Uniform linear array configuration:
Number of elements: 24
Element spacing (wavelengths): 0.25
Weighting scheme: uniform
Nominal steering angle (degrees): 60
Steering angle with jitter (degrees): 59.189
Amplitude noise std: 0.05
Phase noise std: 0.05

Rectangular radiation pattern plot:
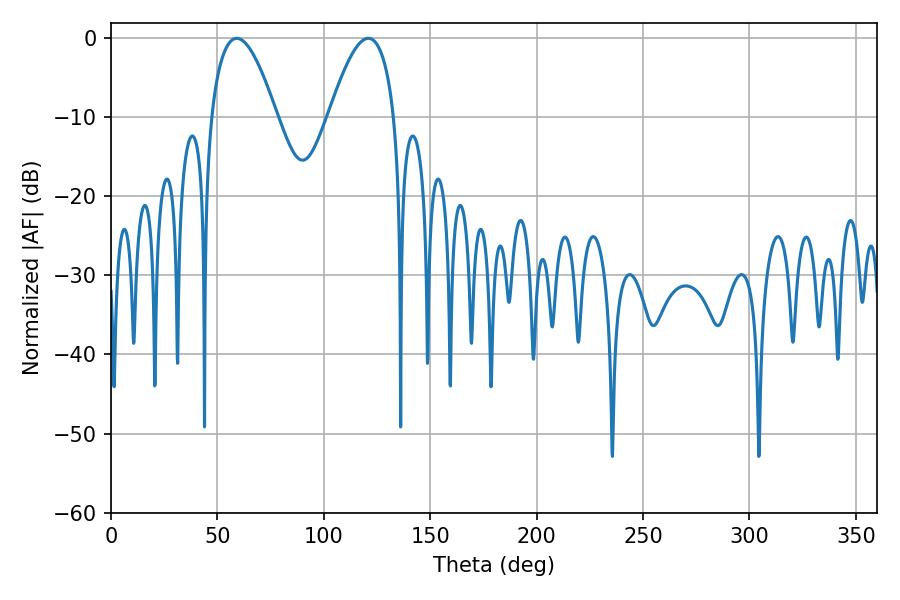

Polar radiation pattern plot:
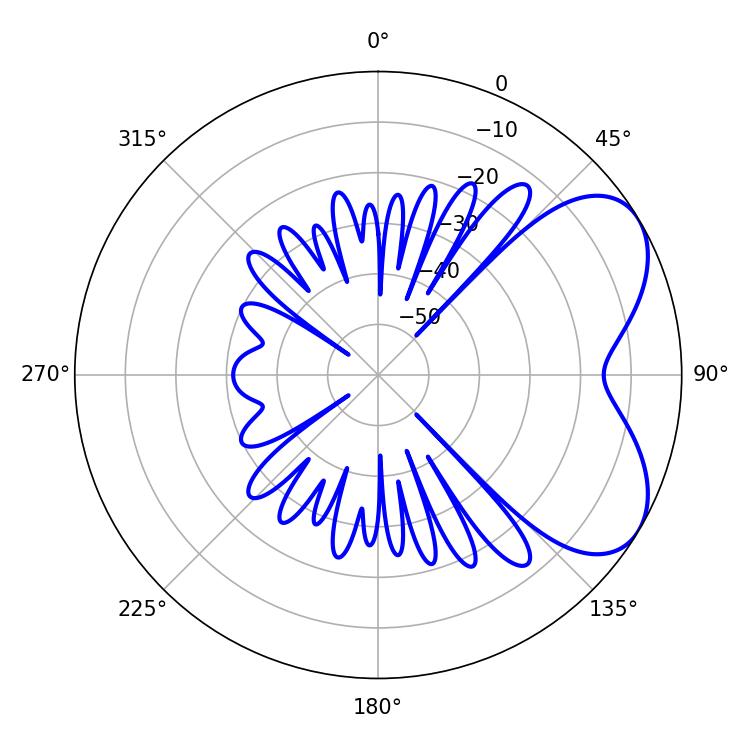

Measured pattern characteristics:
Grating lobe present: FALSE
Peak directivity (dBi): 5.488
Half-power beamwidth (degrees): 16.74
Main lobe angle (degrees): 59.04